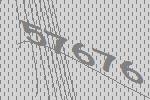
57676